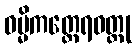
ဓမ္မိကတ္ထေရဝတ္ထု